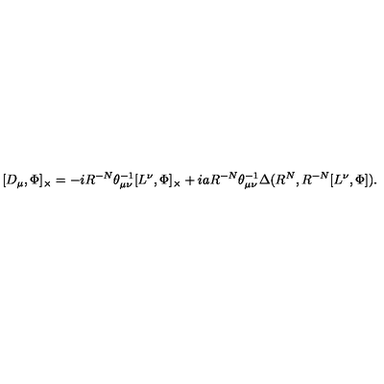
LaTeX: [ D _ { \mu } , \Phi ] _ { \times } = - i R ^ { - N } { \theta } _ { { \mu } { \nu } } ^ { - 1 } [ L ^ { \nu } , \Phi ] _ { \times } + i a R ^ { - N } { \theta } _ { { \mu } { \nu } } ^ { - 1 } { \Delta } ( R ^ { N } , R ^ { - N } [ L ^ { \nu } , \Phi ] ) .